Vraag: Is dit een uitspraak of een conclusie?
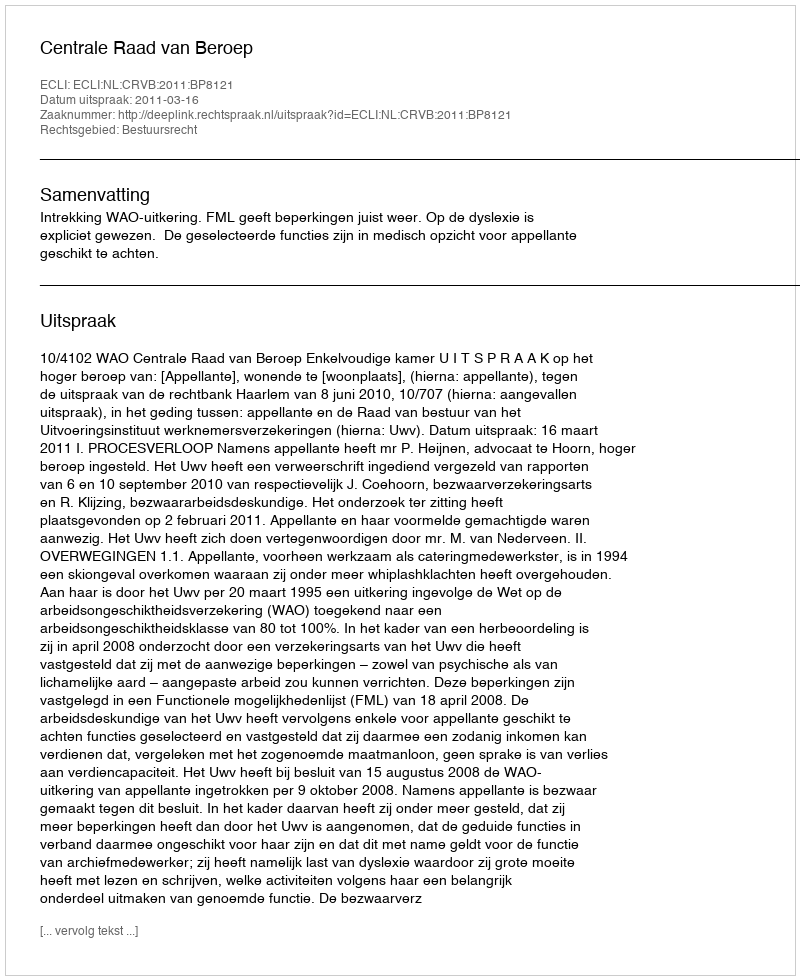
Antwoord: Uitspraak